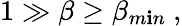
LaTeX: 1\gg\beta\geq\beta_{m\mathbf{i}n}~,